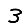
Digit: 3